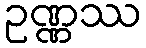
ဥဏ္ဏဿ